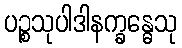
ပဉ္စသုပါဒါနက္ခန္ဓေသု